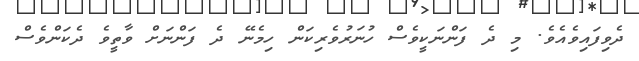
ދެވިފައިވެއެވެ. މި ދެ ފަންނަކީވެސް ހުނަރުވެރިކަން ހިމެނޭ ދެ ފަންނަށް ވާތީވެ ދެކަންވެސް